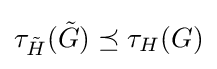
\tau _{\tilde {H}}({\tilde {G}})\preceq \tau _{H}(G)